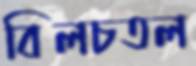
বিলচতল